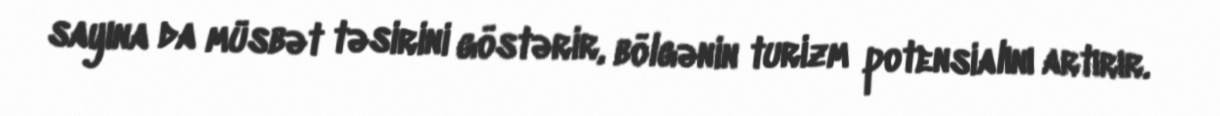
sayına da müsbət təsirini göstərir, bölgənin turizm potensialını artırır.